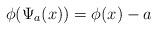
LaTeX: \begin{align*}\phi (\Psi _{a}(x))=\phi (x)-a \end{align*}